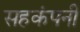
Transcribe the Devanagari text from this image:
सहकंपनी